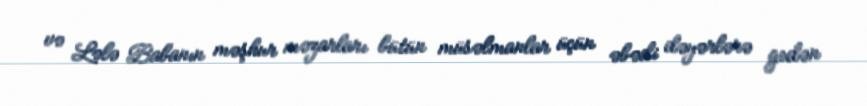
və Lələ Babanın məşhur məzarları bütün müsəlmanlar üçün əbədi dəyərlərə gedən